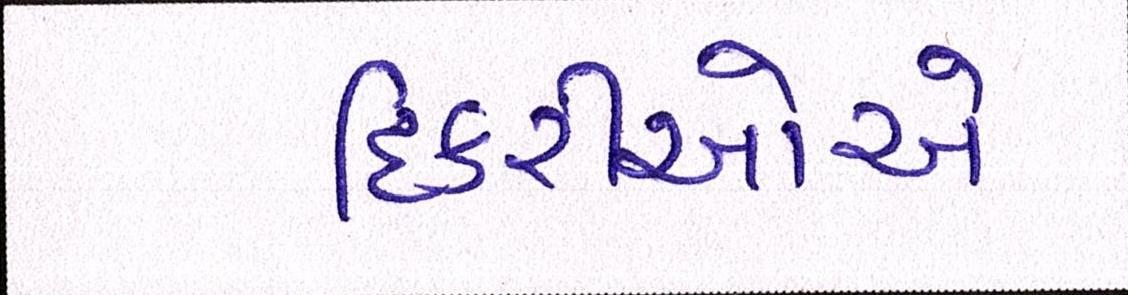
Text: દિકરીઓએ